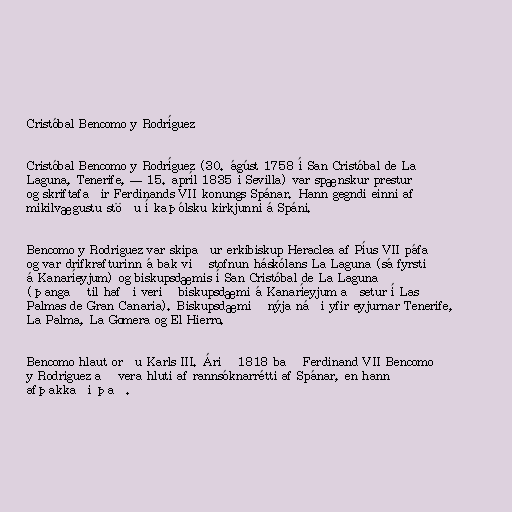
Cristóbal Bencomo y Rodríguez

Cristóbal Bencomo y Rodríguez (30. ágúst 1758 í San Cristóbal de La
Laguna, Tenerife, — 15. apríl 1835 í Sevilla) var spænskur prestur
og skriftafaðir Ferdinands VII konungs Spánar. Hann gegndi einni af
mikilvægustu stöðu í kaþólsku kirkjunni á Spáni.

Bencomo y Rodriguez var skipaður erkibiskup Heraclea af Píus VII páfa
og var drifkrafturinn á bak við stofnun háskólans La Laguna (sá fyrsti
á Kanaríeyjum) og biskupsdæmis í San Cristóbal de La Laguna
(þangað til hafði verið biskupsdæmi á Kanaríeyjum aðsetur í Las
Palmas de Gran Canaria). Biskupsdæmið nýja náði yfir eyjurnar Tenerife,
La Palma, La Gomera og El Hierro.

Bencomo hlaut orðu Karls III. Árið 1818 bað Ferdinand VII Bencomo
y Rodriguez að vera hluti af rannsóknarrétti af Spánar, en hann
afþakkaði það.